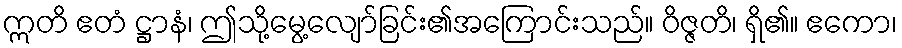
ဣတိ ဧတံ ဋ္ဌာနံ၊ ဤသို့မွေ့လျော်ခြင်း၏အကြောင်းသည်။ ဝိဇ္ဇတိ၊ ရှိ၏။ ဧကော၊